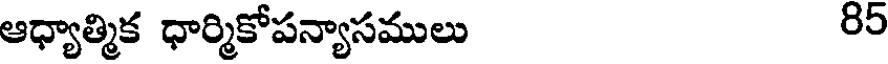
ఆధ్యాత్మిక ధార్మికోపన్యాసములు 85